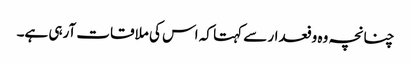
چنانچہ وہ وفعدار سے کہتا کہ اس کی ملاقات آرہی ہے۔